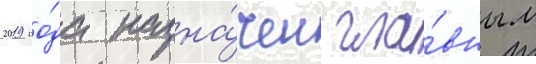
2019 го́да назна́чен гла́вным